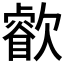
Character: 𣤧